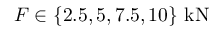
F \in \{ 2 . 5 , 5 , 7 . 5 , 1 0 \} \ \mathrm { k N }